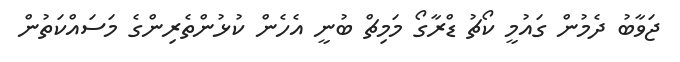
ޖަވާބު ދެމުން ގައުމީ ކޯޗު ޑްރާގޯ މަމިޗް ބުނީ އެހެން ކުޅުންތެރިންގެ މަސައްކަތުން